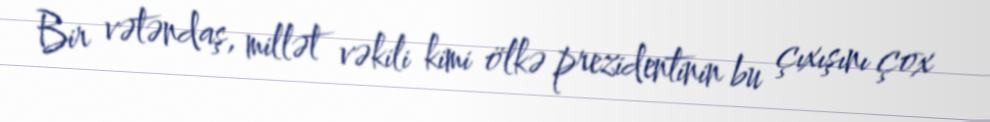
Bir vətəndaş, millət vəkili kimi ölkə prezidentinin bu çıxışını çox